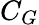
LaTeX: C_{G}